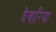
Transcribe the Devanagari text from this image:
देवारिया